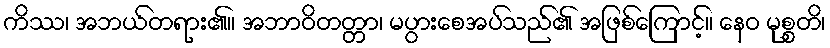
ကိဿ၊ အဘယ်တရား၏။ အဘာဝိတတ္တာ၊ မပွားစေအပ်သည်၏ အဖြစ်ကြောင့်။ နေဝ မုစ္စတိ၊